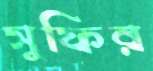
সুফির